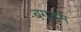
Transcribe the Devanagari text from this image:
बगडम